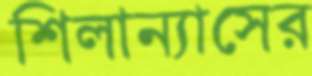
শিলান্যাসের